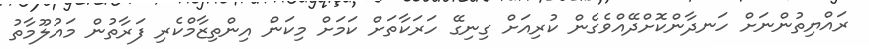
ރައްޔިތުންނަށް ހަނދާންކޮށްދޭއްވެގެން ކުރިއަށް ގިނިގޭ ހަރަކާތަށް ކަމަށް މިކަން އިންތިޒާމްކެރި ފަރާތުން މައުލޫމާތު